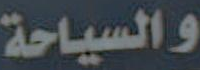
والسياحة